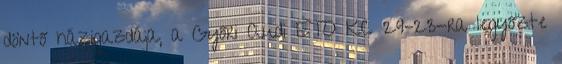
döntő házigazdája, a Győri Audi ETO KC 29–23-ra legyőzte